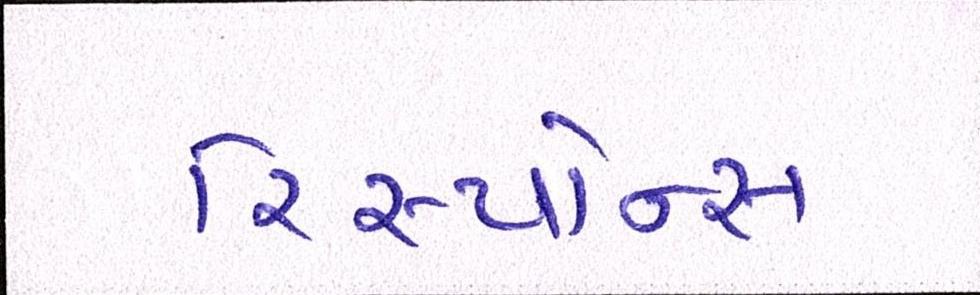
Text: રિસ્પોન્સ